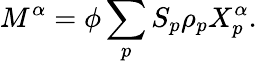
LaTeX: M^{\alpha}=\phi\sum_{p}S_{p}\rho_{p}X_{p}^{\alpha}.